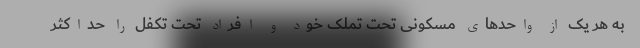
به هر یک از واحدهای مسکونی تحت تملک خود و افراد تحت تکفل را حداکثر